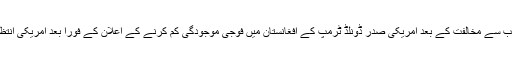
امریکی پالیسی سازوں کے اندرونی اختلافات اور مغربی اتحادیوں کی جانب سے مخالفت کے بعد امریکی صدر ڈونلڈ ٹرمپ کے افغانستان میں فوجی موجودگی کم کرنے کے اعلان کے فورا بعد امریکی انتظامیہ کی وضاحتی بیانات آئے کہ فوجی کمی کا ابھی تک فیصلہ نہیں ہوا ۔